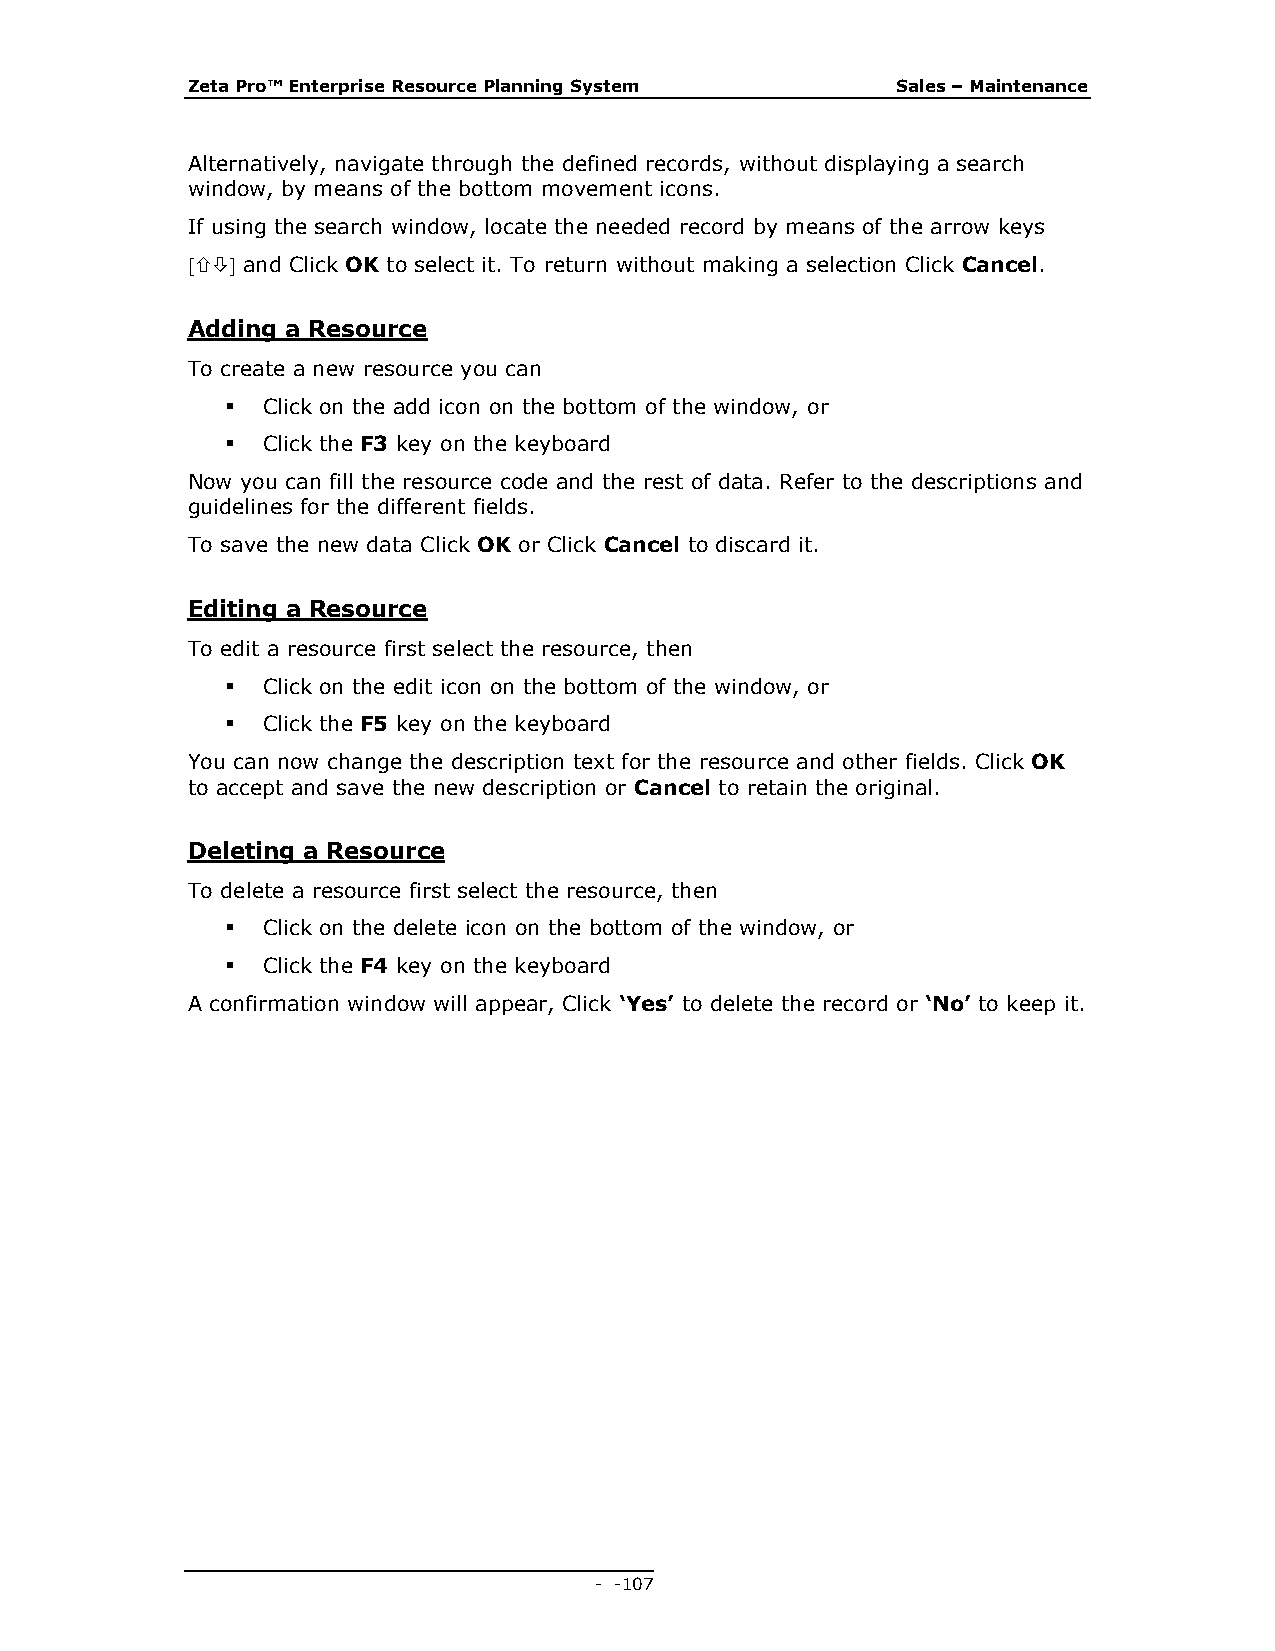
Zeta Pro™ Enterprise Resource Planning System  Sales – Maintenance
 Alternatively, navigate through the defined records, without displaying a search
 window, by means of the bottom movement icons.
 If using the search window, locate the needed record by means of the arrow keys
  and Click OK to select it. To return without making a selection Click Cancel.
 Adding a Resource
 To create a new resource you can
  Click on the add icon on the bottom of the window, or
  Click the F3 key on the keyboard
 Now you can fill the resource code and the rest of data. Refer to the descriptions and
 guidelines for the different fields.
 To save the new data Click OK or Click Cancel to discard it.
 Editing a Resource
 To edit a resource first select the resource, then
  Click on the edit icon on the bottom of the window, or
  Click the F5 key on the keyboard
 You can now change the description text for the resource and other fields. Click OK
 to accept and save the new description or Cancel to retain the original.
 Deleting a Resource
 To delete a resource first select the resource, then
  Click on the delete icon on the bottom of the window, or
  Click the F4 key on the keyboard
 A confirmation window will appear, Click ‘Yes’ to delete the record or ‘No’ to keep it.
 - - 107